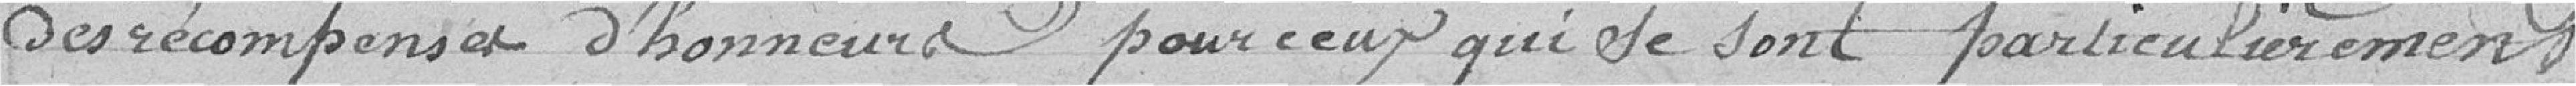
des récompenses d'honneurs pour ceux qui se sont particulièrement